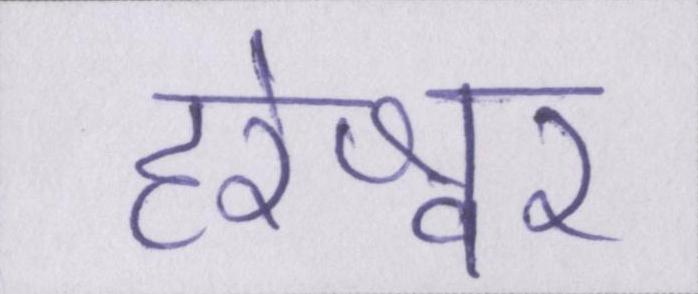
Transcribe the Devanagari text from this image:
हरेश्वर